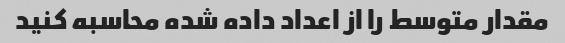
مقدار متوسط را از اعداد داده شده محاسبه کنید